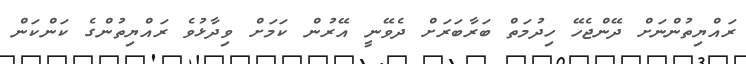
ރައްޔިތުންނަށް ދޭންޖެހޭ ހިދުމަތް ބަރާބަރަށް ދެވޭނީ އޭރުން ކަމަށް ވިދާޅުވެ ރައްޔިތުންގެ ކަންކަން